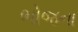
ભોજના